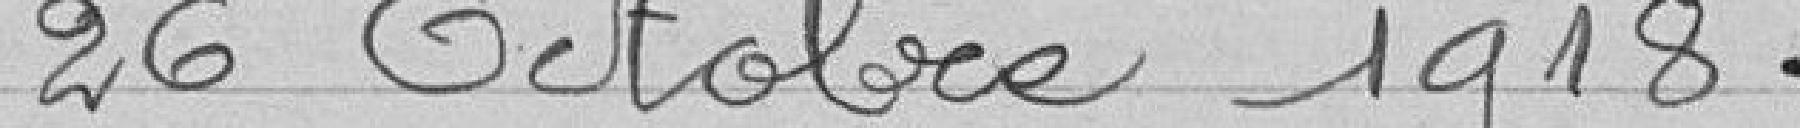
26 octobre 1918.